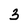
Character: 3